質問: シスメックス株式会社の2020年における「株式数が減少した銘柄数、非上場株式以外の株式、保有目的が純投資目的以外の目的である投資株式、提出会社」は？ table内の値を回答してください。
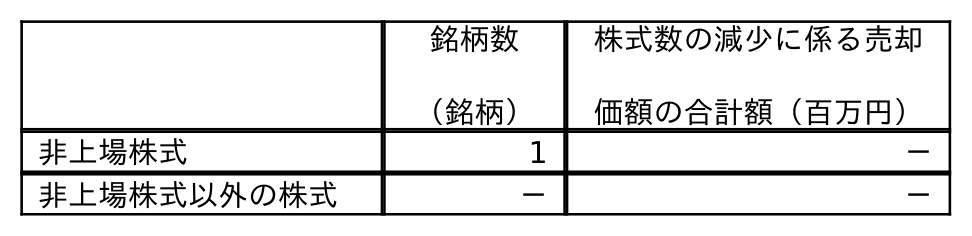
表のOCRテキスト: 銘柄数 （銘柄） 株式数の減少に係る売却 価額の合計額（百万円） 非上場株式 1 － 非上場株式以外の株式 － －
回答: －